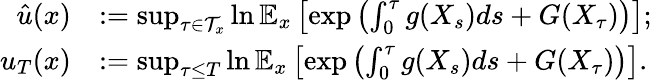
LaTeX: \begin{array}{rl}{\hat{u}(x)}&{:=\operatorname*{sup}_{\tau\in\mathcal{T}_{x}}\ln\mathbb{E}_{x}\left[\exp\left(\int_{0}^{\tau}g(X_{s})ds+G(X_{\tau})\right)\right];}\\ {u_{T}(x)}&{:=\operatorname*{sup}_{\tau\leq T}\ln\mathbb{E}_{x}\left[\exp\left(\int_{0}^{\tau}g(X_{s})ds+G(X_{\tau})\right)\right].}\end{array}